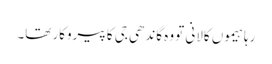
رہا ہیموں کالانی تو وہ گاندھی جی کا پیروکار تھا۔